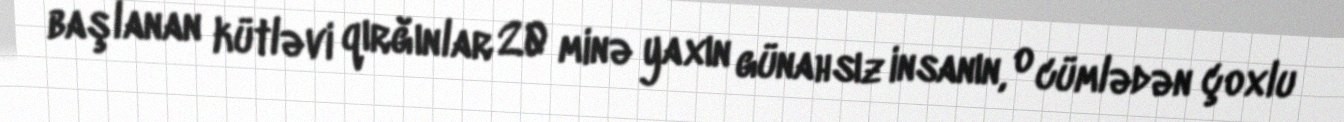
başlanan kütləvi qırğınlar 20 minə yaxın günahsız insanın, o cümlədən çoxlu